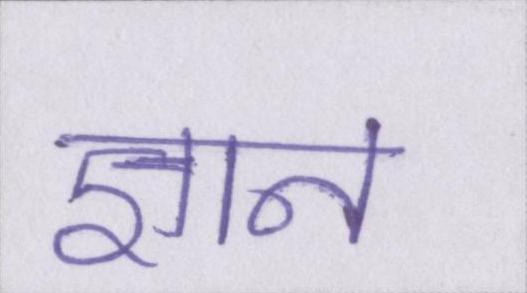
ज्ञान